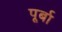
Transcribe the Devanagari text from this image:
पूर्बा